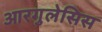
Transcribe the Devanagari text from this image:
आरगुलेसिस